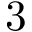
3